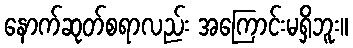
နောက်ဆုတ်စရာလည်း အကြောင်းမရှိဘူး။